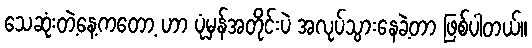
သေဆုံးတဲ့နေ့ကတော့ ဟာ ပုံမှန်အတိုင်းပဲ အလုပ်သွားနေခဲ့တာ ဖြစ်ပါတယ်။